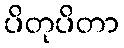
ပိတုပိတာ